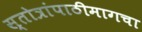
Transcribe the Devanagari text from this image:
स्तोत्रांपाठीमागचा